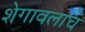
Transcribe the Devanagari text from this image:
शेगावलाच